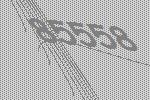
85558